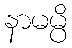
နာမမ္ပိ